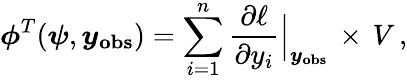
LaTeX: \boldsymbol{\phi}^{T}(\boldsymbol{\psi},\boldsymbol{y_{\mathrm{obs}}})=\sum_{i=1}^{n}\frac{\partial\ell}{\partial y_{i}}\Bigr|_{\boldsymbol{y_{\mathrm{obs}}}}\, \times\, V\, ,